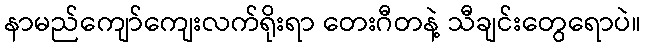
နာမည်ကျော်ကျေးလက်ရိုးရာ တေးဂီတနဲ့ သီချင်းတွေရောပဲ။